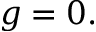
g = 0 .